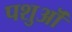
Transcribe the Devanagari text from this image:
पशुऒं